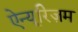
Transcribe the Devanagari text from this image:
ऐन्यूरिज़म